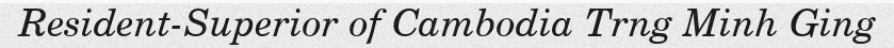
Resident-Superior of Cambodia Trng Minh Ging